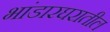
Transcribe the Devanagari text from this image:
भांडारघरातील